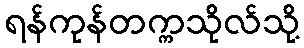
ရန်ကုန်တက္ကသိုလ်သို့